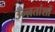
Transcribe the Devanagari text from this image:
उन्ऩतांशों